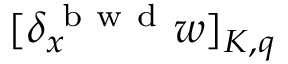
[ \delta _ { x } ^ { \mathrm { ~ b ~ w ~ d ~ } } w ] _ { K , q }